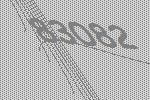
83082